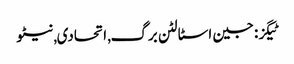
ٹیگز: جین اسٹالٹن برگ , اتحادی , نیٹو